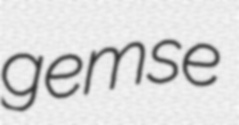
gemse